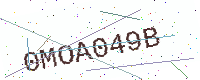
Text: 0MOA049B